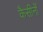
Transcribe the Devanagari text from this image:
कैसीनों